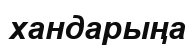
хандарыңа